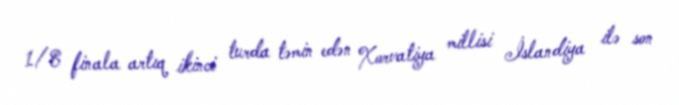
1/8 finala artıq ikinci turda təmin edən Xorvatiya millisi İslandiya ilə son